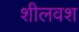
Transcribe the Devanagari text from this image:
शीलवश